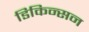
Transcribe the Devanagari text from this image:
डिकिन्‍सन